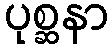
ပုစ္ဆနာ